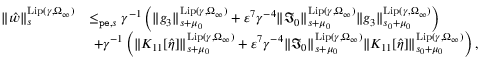
\begin{array} { r l } { \rVert \hat { w } \rVert _ { s } ^ { \mathrm { L i p } ( \gamma , \Omega _ { \infty } ) } } & { \le _ { \mathtt { p e } , s } \gamma ^ { - 1 } \left( \rVert g _ { 3 } \rVert _ { s + \mu _ { 0 } } ^ { \mathrm { L i p } ( \gamma , \Omega _ { \infty } ) } + \varepsilon ^ { 7 } \gamma ^ { - 4 } \rVert \mathfrak { I } _ { 0 } \rVert _ { s + \mu _ { 0 } } ^ { \mathrm { L i p } ( \gamma , \Omega _ { \infty } ) } \rVert g _ { 3 } \rVert _ { s _ { 0 } + \mu _ { 0 } } ^ { \mathrm { L i p } ( \gamma , \Omega _ { \infty } ) } \right) } \\ & { \ + \gamma ^ { - 1 } \left( \rVert K _ { 1 1 } [ \hat { \eta } ] \rVert _ { s + \mu _ { 0 } } ^ { \mathrm { L i p } ( \gamma , \Omega _ { \infty } ) } + \varepsilon ^ { 7 } \gamma ^ { - 4 } \rVert \mathfrak { I } _ { 0 } \rVert _ { s + \mu _ { 0 } } ^ { \mathrm { L i p } ( \gamma , \Omega _ { \infty } ) } \rVert K _ { 1 1 } [ \hat { \eta } ] \rVert _ { s _ { 0 } + \mu _ { 0 } } ^ { \mathrm { L i p } ( \gamma , \Omega _ { \infty } ) } \right) , } \end{array}